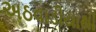
અઠવાડીયાથી